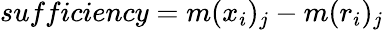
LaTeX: sufficiency=m({x}_{i})_{j}-m({r}_{i})_{j}